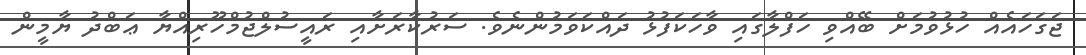
ޖަގަހައެއް ހުޅުވުމަށް ބޭއްވި ހަފްލާގައި ވާހަކަފުޅު ދައްކަވަމުންނެވެ. ސަރުކާރަށާއި ރައީސުލްޖުމްހޫރިއްޔާ ޢަބްދު ޔާމީން